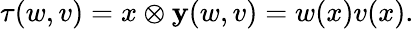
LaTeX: \tau(w,v)={x\otimes\mathbf{y}}(w,v)=w(x)v(x).